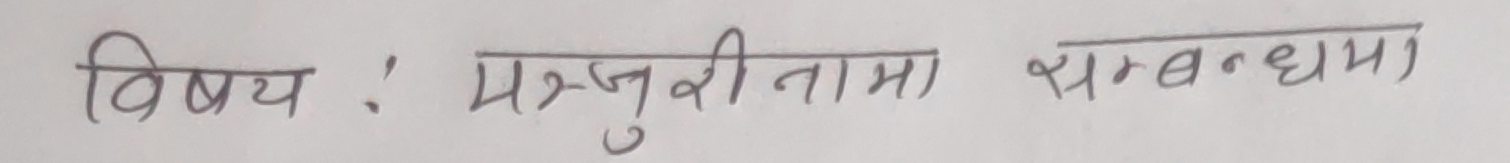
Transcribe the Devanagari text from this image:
विषय : मन्जुरीनामा सम्बन्धमा